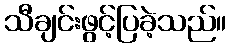
သီချင်းဖွင့်ပြခဲ့သည်။